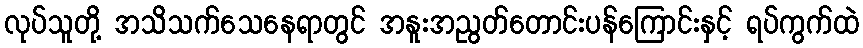
လုပ်သူတို့ အသိသက်သေနေရာတွင် အနူးအညွတ်တောင်းပန်ကြောင်းနှင့် ရပ်ကွက်ထဲ